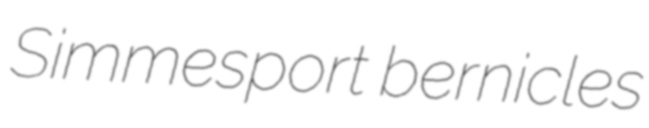
Simmesport bernicles